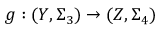
g : ( Y , \Sigma _ { 3 } ) \to ( Z , \Sigma _ { 4 } )